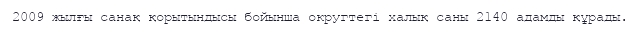
2009 жылғы санақ қорытындысы бойынша округтегі халық саны 2140 адамды құрады.